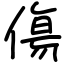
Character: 傷